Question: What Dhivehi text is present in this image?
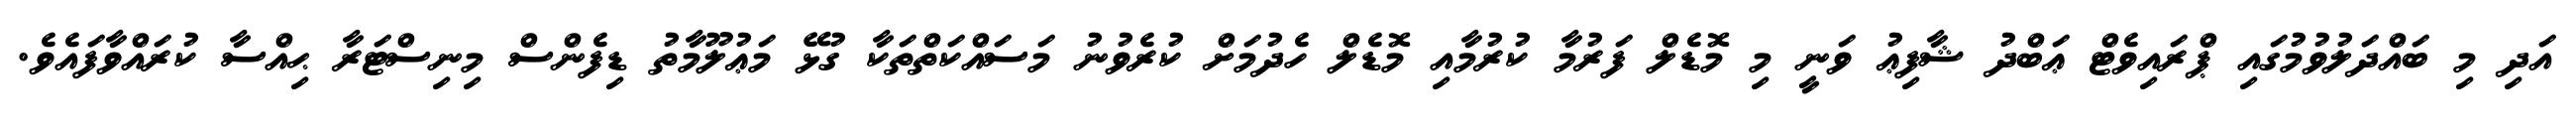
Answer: އަދި މި ބައްދަލުވުމުގައި ޕްރައިވެޓް ޢަބްދު ޝާފިޢު ވަނީ މި މޮޑެލް ފަރުމާ ކުރުމާއި މޮޑެލް ހެދުމަށް ކުރެވުނު މަސައްކަތްތަކާ ގުޅޭ މަޢުލޫމާތު ޑިފެންސް މިނިސްޓަރާ ޙިއްސާ ކުރައްވާފައެވެ.